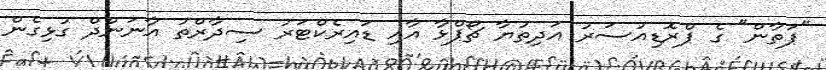
"ޕަތާން" ގެ ޕްރޮޑިއުސަރު އަދިތުޔާ ޗޯޕްޅާ އާއި ޑައިރެކްޓަރު ސިދާރްތު އާނަންދް ގުޅިގެން